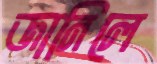
জানিলে